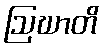
ဩဃာတိ